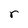
Character: r